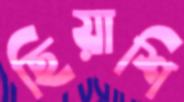
ছিয়াশি